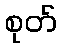
စုတ်